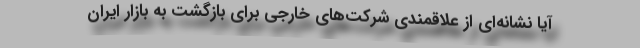
آیا نشانه‌ای از علاقمندی شرکت‌های خارجی برای بازگشت به بازار ایران